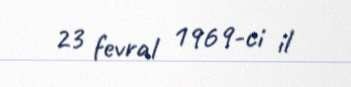
23 fevral 1969-ci il